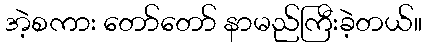
အဲ့စကား တော်တော် နာမည်ကြီးခဲ့တယ်။